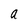
Character: a